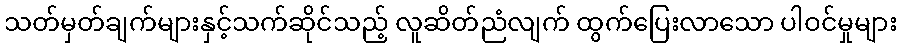
သတ်မှတ်ချက်များနှင့်သက်ဆိုင်သည့် လူဆိတ်ညံလျက် ထွက်ပြေးလာသော ပါဝင်မှုများ